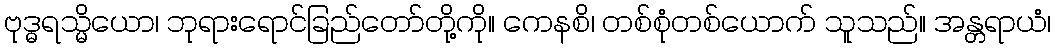
ဗုဒ္ဓရသ္မိယော၊ ဘုရားရောင်ခြည်တော်တို့ကို။ ကေနစိ၊ တစ်စုံတစ်ယောက် သူသည်။ အန္တရာယံ၊